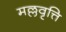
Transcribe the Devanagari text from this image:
मल्लवृत्ति